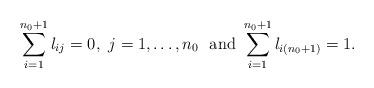
LaTeX: \begin{align*} \sum\limits_{i=1}^{n_0+1} l_{ij} = 0, ~j= 1, \dots, n_0~\mbox{ and } \sum\limits_{i=1}^{n_0+1} l_{i(n_0+1)} = 1. \end{align*}